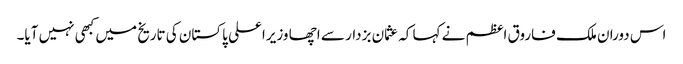
اس دوران ملک فاروق اعظم نے کہا کہ عثمان بزدار سے اچھا وزیراعلی پاکستان کی تاریخ میں کبھی نہیں آیا۔